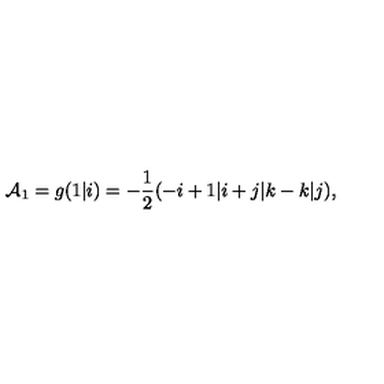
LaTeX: { \cal A } _ { 1 } = g ( 1 \vert i ) = - \frac { 1 } { 2 } ( - i + 1 \vert i + j \vert k - k \vert j ) ,